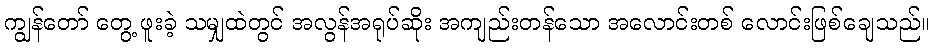
ကျွန်တော် တွေ့ ဖူးခဲ့ သမျှထဲတွင် အလွန်အရုပ်ဆိုး အကျည်းတန်သော အလောင်းတစ် လောင်းဖြစ်ချေသည်။